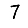
Digit: 7